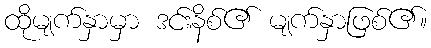
ထိုမျက်နှာမှာ ဒင်းနိစ်၏ မျက်နှာဖြစ်၏။